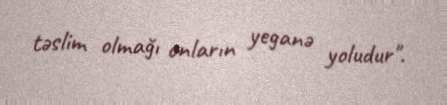
təslim olmağı onların yeganə yoludur".